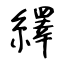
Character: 繹